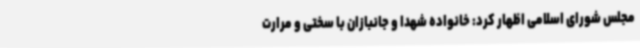
مجلس شورای اسلامی اظهار کرد: خانواده شهدا و جانبازان با سختی و مرارت